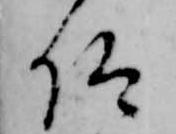
仰